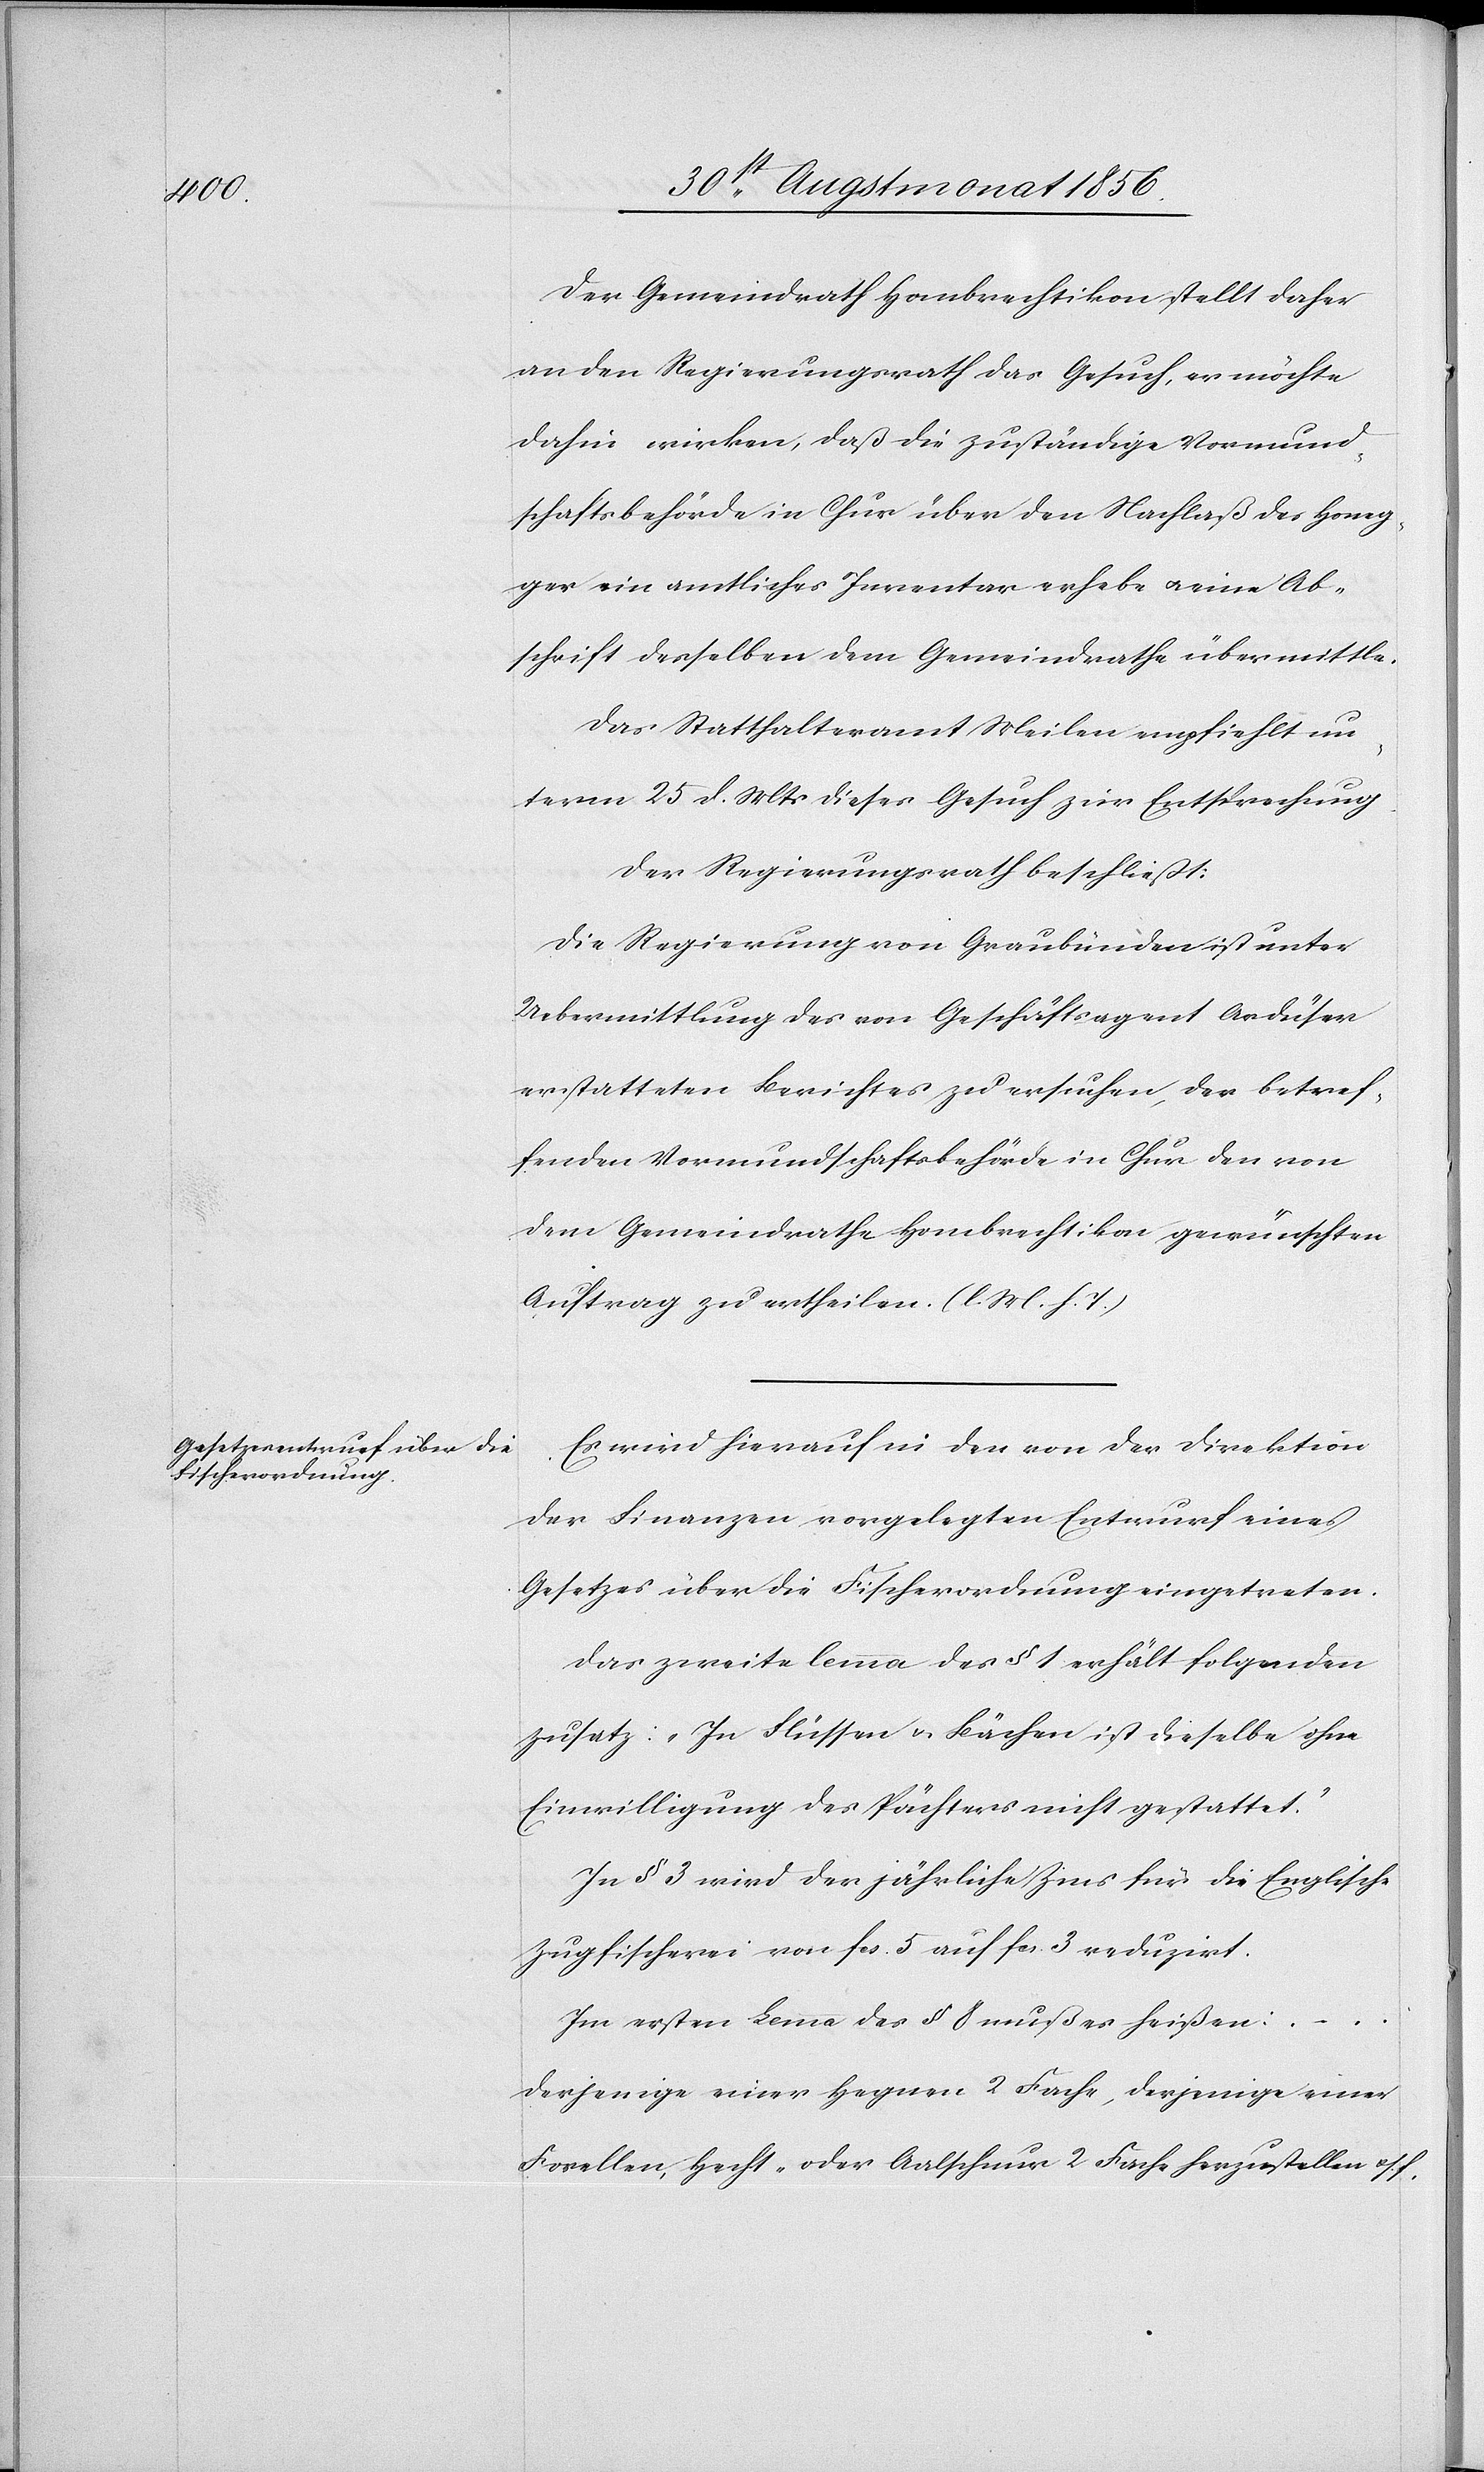
Der Gemeindrath Hombrechtikon stellt daher
an den Regierungsrath das Gesuch, er möchte
dahin wirken, daß die zuständige Vormund¬
schaftsbehörde in Chur über den Nachlaß des Honeg¬
ger ein amtliches Inventar erhebe u. eine Ab¬
schrift desselben dem Gemeindrathe übermittle.
Das Statthalteramt Meilen empfiehlt un¬
term 25 d. Mts dieses Gesuch zur Entsprechung.
Der Regierungsrath beschließt:
Die Regierung von Graubünden ist unter
Uebermittlung des von Geschäftsagent Ardüser
erstatteten Berichtes zu ersuchen, der betref¬
fenden Vormundschaftsbehörde in Chur den von
dem Gemeindrathe Hombrechtikon gewünschten
Antrag zu ertheilen. (l. M. h. T.)
Es wird hierauf in den von der Direktion
der Finanzen vorgelegten Entwurf eines
Gesetzes über die Fischerordnung eingetreten.
Das zweite lemma des § 1 erhält folgenden
Zusatz: „In Flüssen u. Bächen ist dieselbe ohne
Einwilligung des Pächters nicht gestattet.”
In § 3 wird der jährliche Zins für die Englische
Zugfischerei von fcs. 5 auf fcs. 3 reduzirt.
Im ersten Lemma des § 8 muß es heißen: …
derjenige einer Hegnen 2 Fache, derjenige einer
Forellen[-], Hecht- oder Aalschnur 2 Fache herzustellen u. s.